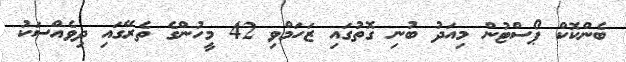
ބެންކޮކް ޕޯސްޓުން މިއަދު ބުނި ގޮތުގައި ޒަހަމްވި 42 މީހުންގެ ތެރޭގައި ދިވެއްސަކު